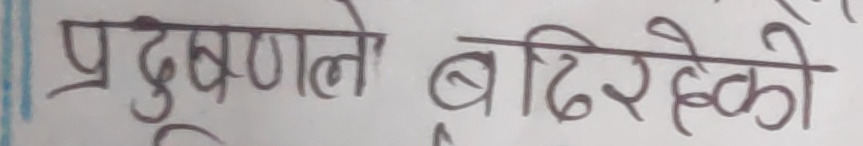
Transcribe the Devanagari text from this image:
प्रदुषणले बढिरहेको